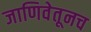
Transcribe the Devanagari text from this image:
जाणिवेतूनच